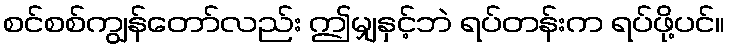
စင်စစ်ကျွန်တော်လည်း ဤမျှနှင့်ဘဲ ရပ်တန်းက ရပ်ဖို့ပင်။